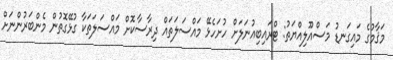
މަޤާމުގެ މައިގަނޑު މަސްއޫލިއްޔަތު: ޓްރައިބިއުނަލަށް ހުށަހެޅޭ މައްސަލަތައް ދިރާސާކޮށް މައްސަލަތަކާ ގުޅޭގޮތުން މެންބަރުންނަށް